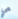
هي